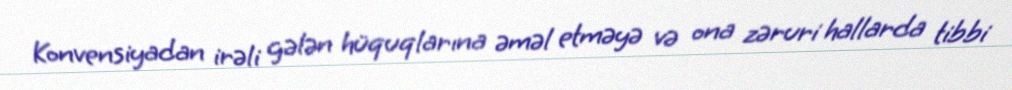
Konvensiyadan irəli gələn hüquqlarına əməl etməyə və ona zəruri hallarda tibbi